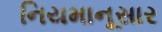
નિયમાનૂસાર